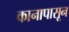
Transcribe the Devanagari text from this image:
कानापासून